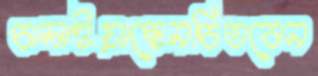
চালাইয়াছেনচিতবেন